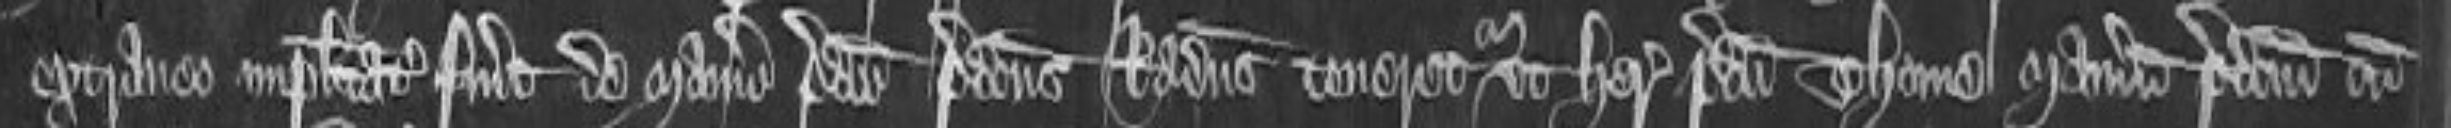
extraneo implacitatus fuerit de manerio predicto predictus Radulfus teneretur ut heres predicti Thome manerium predictum cum